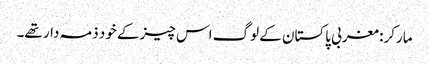
مارکر: مغربی پاکستان کے لوگ اس چیز کے خود ذمہ دار تھے۔